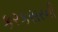
કરકસરની